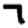
Digit: 7